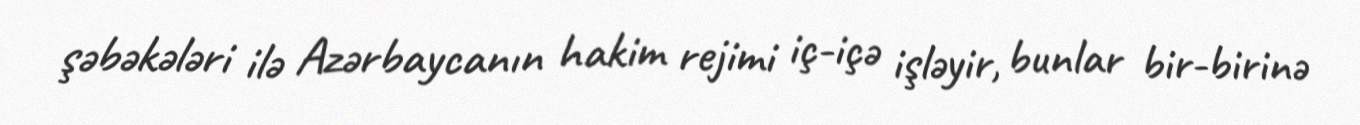
şəbəkələri ilə Azərbaycanın hakim rejimi iç-içə işləyir, bunlar bir-birinə